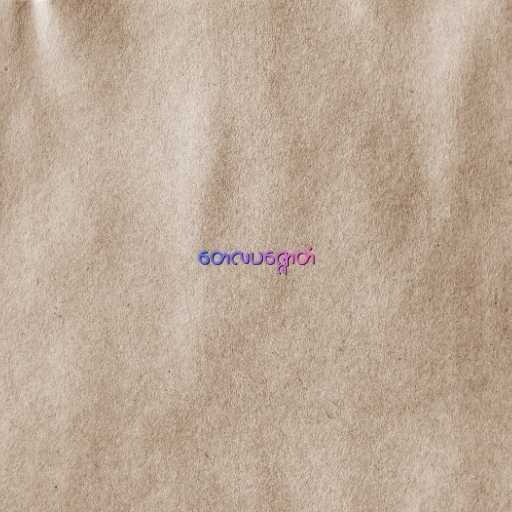
တေလပဇ္ဇောတံ